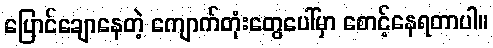
ပြောင်ချောနေတဲ့ ကျောက်တုံးတွေပေါ်မှာ စောင့်နေရတာပါ။